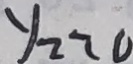
y _ { 2 } > 0